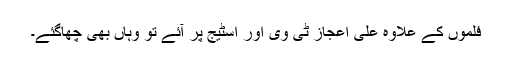
فلموں کے علاوہ علی اعجاز ٹی وی اور اسٹیج پر آئے تو وہاں بھی چھاگئے۔